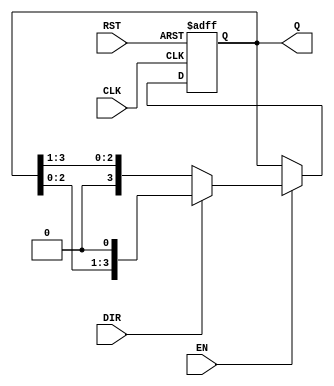
module async_shift_counter (
    input wire CLK,        // Clock input
    input wire RST,       // Asynchronous reset
    input wire DIR,       // Shift direction (0 = right, 1 = left)
    input wire EN,        // Enable signal
    output reg [N-1:0] Q  // Counter output (N bits)
);
    parameter N = 4;      // Number of bits in the counter (can be changed as needed)

    // Asynchronous reset
    always @(posedge CLK or posedge RST) begin
        if (RST) begin
            Q <= {N{1'b0}}; // Reset counter to 0
        end else if (EN) begin
            if (DIR) begin
                // Left shift
                Q <= {Q[N-2:0], 1'b0}; // Shift left and introduce 0 at LSB
            end else begin
                // Right shift
                Q <= {1'b0, Q[N-1:1]}; // Shift right and introduce 0 at MSB
            end
        end
    end
endmodule